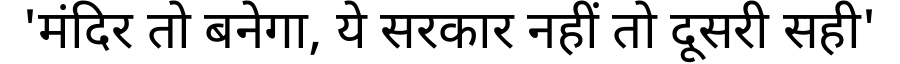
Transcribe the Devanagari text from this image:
'मंदिर तो बनेगा, ये सरकार नहीं तो दूसरी सही'